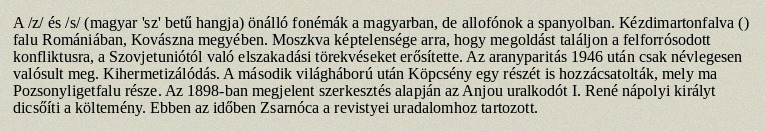
A /z/ és /s/ (magyar 'sz' betű hangja) önálló fonémák a magyarban, de allofónok a spanyolban. Kézdimartonfalva () falu Romániában, Kovászna megyében. Moszkva képtelensége arra, hogy megoldást találjon a felforrósodott konfliktusra, a Szovjetuniótól való elszakadási törekvéseket erősítette. Az aranyparitás 1946 után csak névlegesen valósult meg. Kihermetizálódás. A második világháború után Köpcsény egy részét is hozzácsatolták, mely ma Pozsonyligetfalu része. Az 1898-ban megjelent szerkesztés alapján az Anjou uralkodót I. René nápolyi királyt dicsőíti a költemény. Ebben az időben Zsarnóca a revistyei uradalomhoz tartozott.